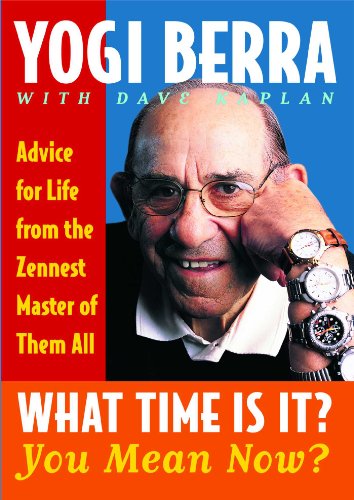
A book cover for What Time Is It? You Mean Now?: Advice for Life from the Zennest Master of Them All; Yogi Berra; Religion & Spirituality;